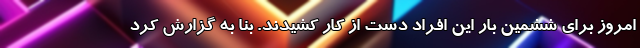
امروز برای ششمین بار این افراد دست از کار کشیدند. بنا به گزارش کرد